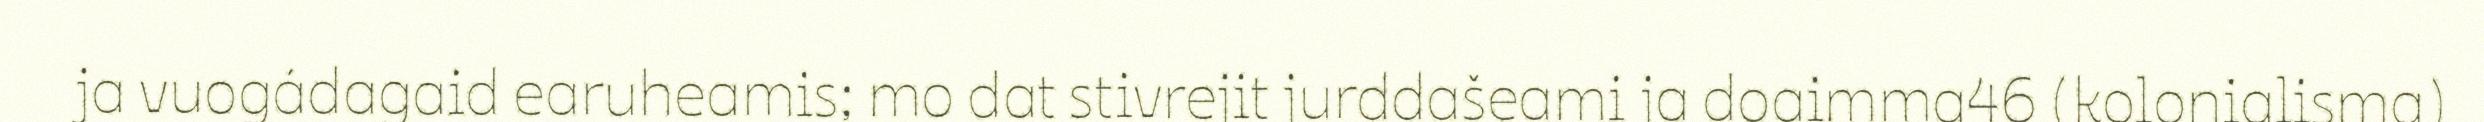
ja vuogádagaid earuheamis; mo dat stivrejit jurddašeami ja doaimma46 (kolonialisma)